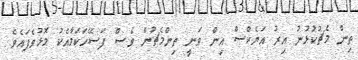
ތިން މެޗުކުޅުނު އިރު އަޔެކްސް އިން ވަނީ ތިންމެޗުން ވެސް ފަސޭހަކަމާއެކު މޮޅުވެފައެވެ.